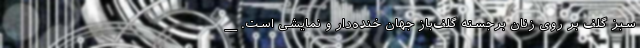
سبز گلف بر روی زنان برجسته گلف‌باز جهان خنده‌دار و نمایشی است. __